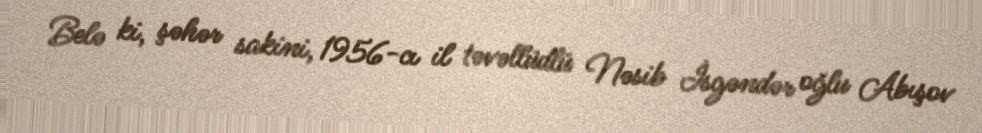
Belə ki, şəhər sakini, 1956-cı il təvəllüdlü Nəsib İsgəndər oğlu Abışov